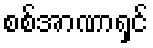
စစ်အာဏာရှင်